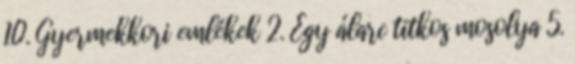
10. Gyermekkori emlékek 2. Egy álarc titkos mosolya 5.